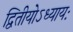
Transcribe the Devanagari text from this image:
द्वितीयोऽध्यायः